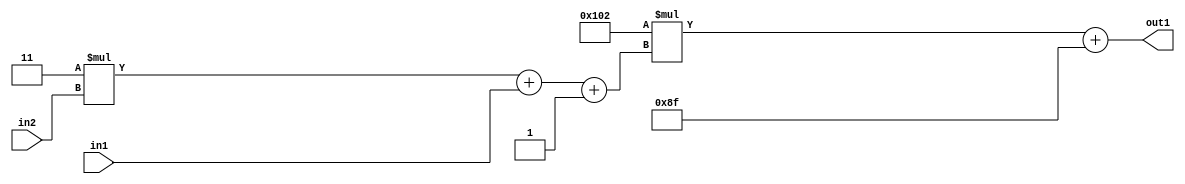
`timescale 1ps / 1ps
/*****************************************************************************
    Verilog RTL Description
    
    
    Created by: Stratus DpOpt 2019.1.01 
*******************************************************************************/

module DC_Filter_Add2i143Mul2i258Add3i1u1Mul2i3u2_4 (
	in2,
	in1,
	out1
	); /* architecture "behavioural" */ 
input [1:0] in2;
input  in1;
output [11:0] out1;
wire [11:0] asc001;
wire [3:0] asc002;

wire [3:0] asc002_tmp_0;
wire [3:0] asc002_tmp_1;
assign asc002_tmp_1 = 
	+(4'B0011 * in2);
assign asc002_tmp_0 = asc002_tmp_1
	+(in1);
assign asc002 = asc002_tmp_0
	+(4'B0001);

wire [11:0] asc001_tmp_2;
assign asc001_tmp_2 = 
	+(12'B000100000010 * asc002);
assign asc001 = asc001_tmp_2
	+(12'B000010001111);

assign out1 = asc001;
endmodule

/* CADENCE  vrTxSAE= : u9/ySgnWtBlWxVPRXgAZ4Og= ** DO NOT EDIT THIS LINE ******/